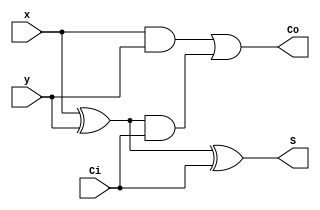
// Copyright (C) 1991-2013 Altera Corporation
// Your use of Altera Corporation's design tools, logic functions 
// and other software and tools, and its AMPP partner logic 
// functions, and any output files from any of the foregoing 
// (including device programming or simulation files), and any 
// associated documentation or information are expressly subject 
// to the terms and conditions of the Altera Program License 
// Subscription Agreement, Altera MegaCore Function License 
// Agreement, or other applicable license agreement, including, 
// without limitation, that your use is for the sole purpose of 
// programming logic devices manufactured by Altera and sold by 
// Altera or its authorized distributors.  Please refer to the 
// applicable agreement for further details.

// PROGRAM		"Quartus II 32-bit"
// VERSION		"Version 13.1.0 Build 162 10/23/2013 SJ Web Edition"
// CREATED		"Sun Dec 03 12:49:43 2023"

module fulladder1(
	x,
	y,
	Ci,
	S,
	Co
);


input wire	x;
input wire	y;
input wire	Ci;
output wire	S;
output wire	Co;

wire	SYNTHESIZED_WIRE_4;
wire	SYNTHESIZED_WIRE_2;
wire	SYNTHESIZED_WIRE_3;




assign	SYNTHESIZED_WIRE_4 = x ^ y;

assign	S = SYNTHESIZED_WIRE_4 ^ Ci;

assign	SYNTHESIZED_WIRE_2 = x & y;

assign	SYNTHESIZED_WIRE_3 = SYNTHESIZED_WIRE_4 & Ci;

assign	Co = SYNTHESIZED_WIRE_2 | SYNTHESIZED_WIRE_3;


endmodule